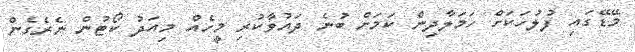
މޭޑޭގައި ފުލުހަކަށް ހަމަލާދިން ކަމަށް ބުނެ ދައުވާކުރި މީހެއް މިއަދު ކޯޓުން ނެރެގެން